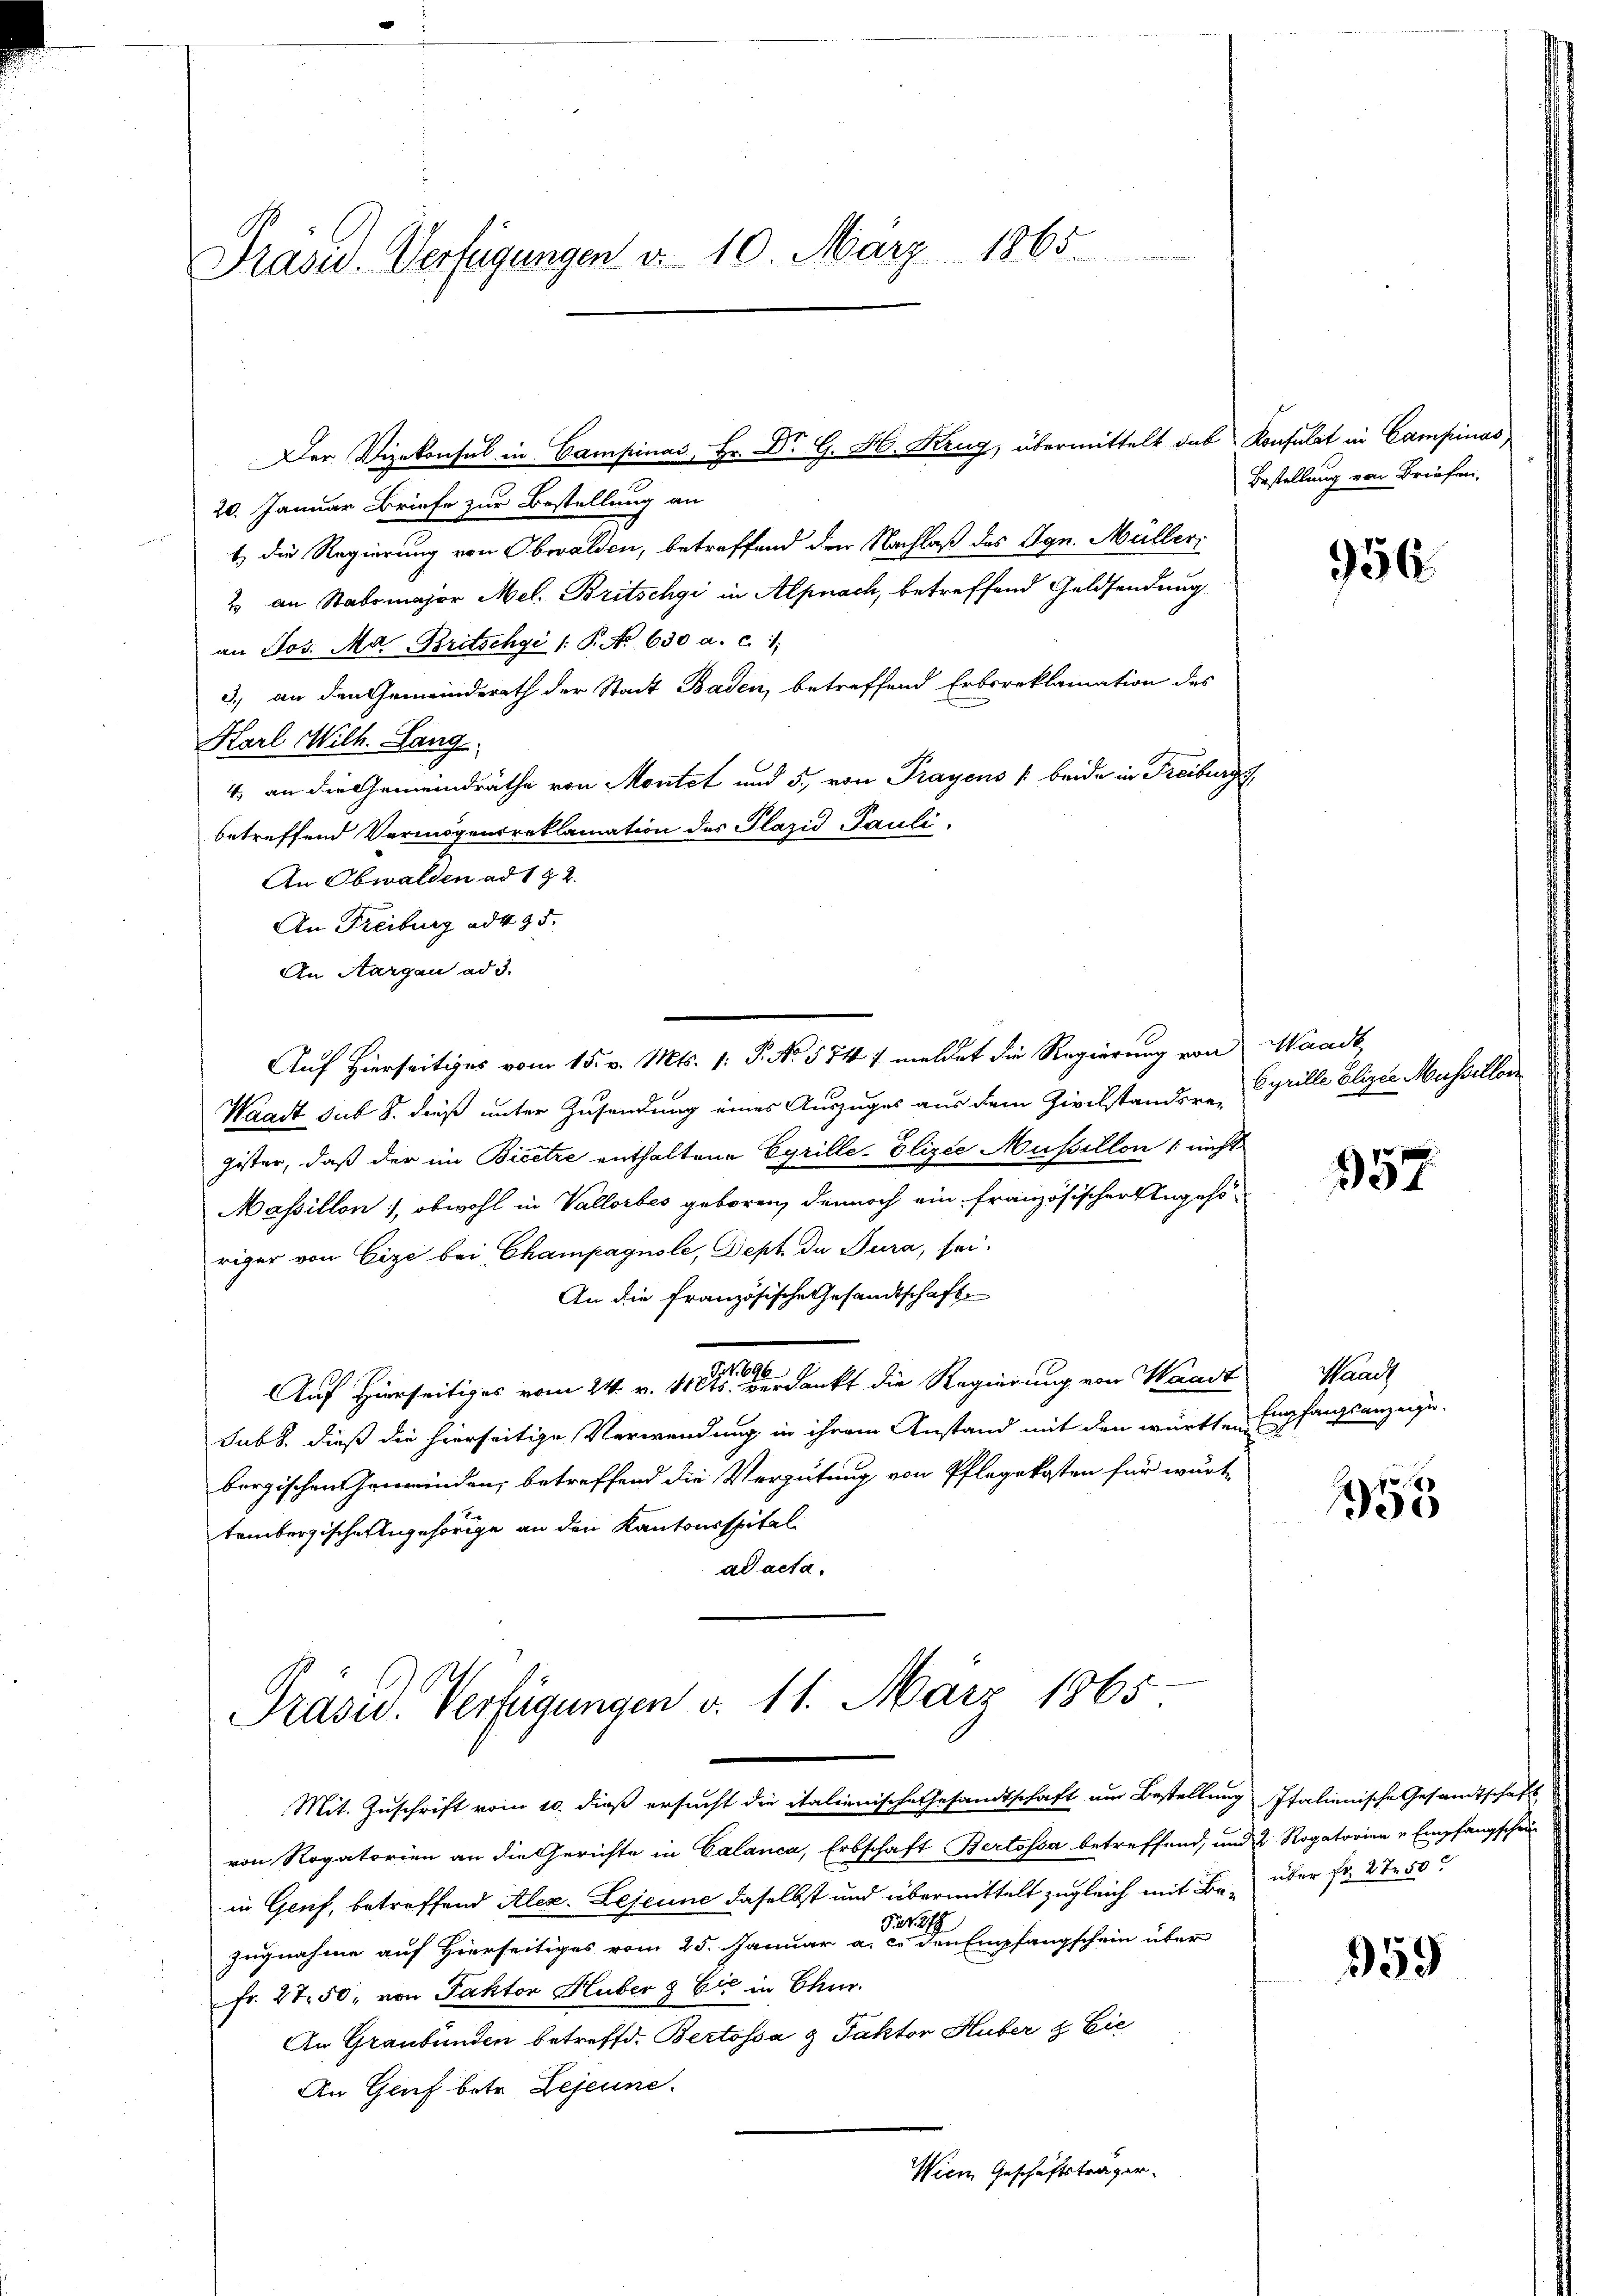
Präsid. Verfügungen d. 10. März 1865.

20. Januar Briefe zur Bestellung an
t) die Regierung von Obwalden, betreffend den Nachlaß des Ign. Müller
2 an Stabsmajor Mel. Britschgi in Alpnach, betreffend Geldsendung
an Jos. Aa Britschgi /: P. No 630 a. c. 1
3.) an den Gemeinderath der Stadt Baden, betreffend Erbsreklamation des
Karl Milh. Lang
4, an die Gemeindräthe von Montet und 5., von Prayens (beide in Freiburgs
betreffend Vermögensreklamation des Plazid Pauli.
An Obwalden ad 1 § 2.
An Freiburg ad 435.
An Aargau ad 3.
Waadt sub 8. dieß unter Zusendung eines Auszuges aus dem Zivilstandere, Cyrille Elizie Musserlor
gister, daß der im Bicetze enthaltene Cyrille-Elizie Mussillon / nicht
Massillon, obwohl in Vallorbes geboren, dennoch ein französischer Angehöriger von Cize bei Champagnole, Sept de Jura, sei.
An die französische Gesandtschaft
Auf Hierseitiges vom 24. v. 110 verdankt die Regierung von Waadt
subs, dieß die hierseitige Verwendung in ihrem Anstand mit den württen Empfangsanzeige-
borgischen Gemeinden, betreffend die Vergütung von Pflegekosten für wurt
tembergische Angehörige an den Kantonsspital
ad acta.

Der Vizekonsul in Campina Hr. Dr G. H. Kr. übermittelt das Konsulat in Campinas,

Auf Hierseitiges vom 15. v. Mts. (: P. No 574 / meldet die Regierung von Waadt

Präsid. Verfügungen d. 11. März 1865
Mit Zuschrift vom 10. dieß ersucht die italienische Gesandtschaft um Bestellung Italienische Gesandtschaft

Bestellung von Briefen.

von Rogatorien an die Gerichte in Calanca, Erbschaft Bertossa betreffend, und 2 Rogatorien u Empfangschau
in Genf, betreffend Alex. Lejeune daselbst und übermittelt zugleich mit Be- über fr. 2750
Fr. 278
zugnahme auf Hierseitiges vom 25. Januar a. c. den Empfangschein über
Fr. 2750, von Faktor Huber & Cie in Chur.
An Graubünden betreffd. Bertossa & Faktor Huber & Eie
An Gruf betr. Lejeune.
Wien Geschäftsträger.

956

357

Waadt

155

359